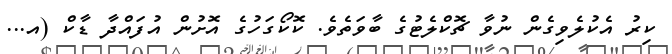
ކިރު އެކުލެވިގެން ނުވާ ޗޮކްލެޓުގެ ބާވަތެވެ. ކޮކޯގަހުގެ އޮށުން އުފައްދާ ޑާކް (އ...